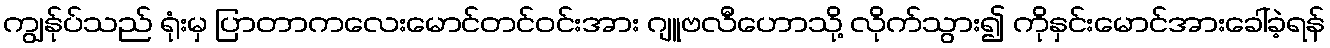
ကျွန်ုပ်သည် ရုံးမှ ပြာတာကလေးမောင်တင်ဝင်းအား ဂျူဗလီဟောသို့ လိုက်သွား၍ ကိုနှင်းမောင်အားခေါ်ခဲ့ရန်